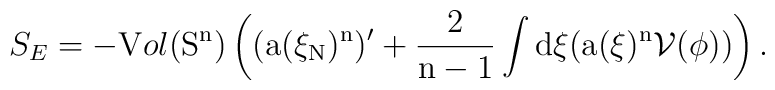
S_E= -{\textnormal Vol}(\rm{S}^n)\left((a(\xi_N)^n)'+ \frac{2}{n-1} \int d \xi(a(\xi)^n {\cal V}(\phi))\right).